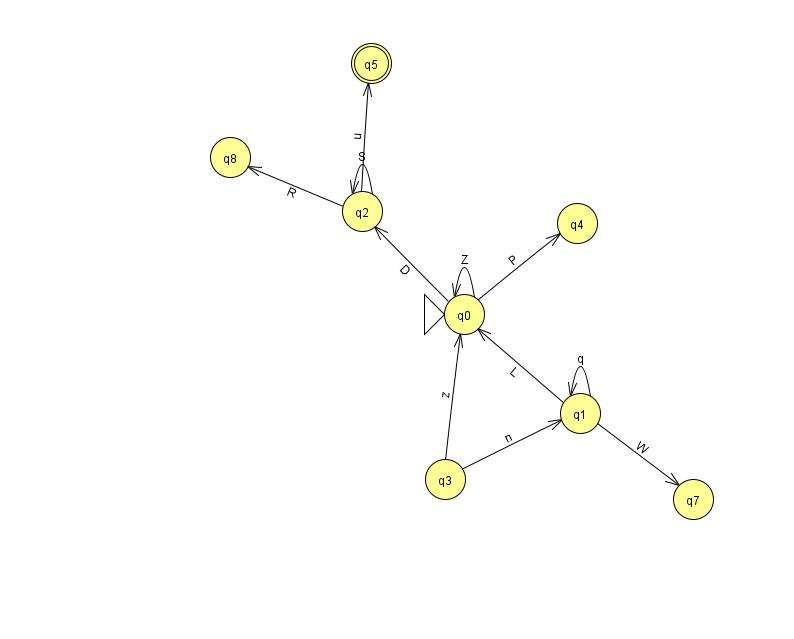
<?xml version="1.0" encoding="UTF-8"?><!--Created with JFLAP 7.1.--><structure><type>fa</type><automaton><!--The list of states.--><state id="0" name="q0"><x>464.0</x><y>301.0</y><initial/></state><state id="1" name="q1"><x>580.0</x><y>400.0</y></state><state id="2" name="q2"><x>362.0</x><y>198.0</y></state><state id="3" name="q3"><x>445.0</x><y>466.0</y></state><state id="4" name="q4"><x>577.0</x><y>210.0</y></state><state id="5" name="q5"><x>371.0</x><y>50.0</y><final/></state><state id="7" name="q7"><x>693.0</x><y>486.0</y></state><state id="8" name="q8"><x>230.0</x><y>144.0</y></state><!--The list of transitions.--><transition><from>0</from><to>4</to><read>P</read></transition><transition><from>3</from><to>1</to><read>n</read></transition><transition><from>1</from><to>1</to><read>q</read></transition><transition><from>2</from><to>2</to><read>S</read></transition><transition><from>2</from><to>5</to><read>u</read></transition><transition><from>1</from><to>0</to><read>L</read></transition><transition><from>2</from><to>8</to><read>R</read></transition><transition><from>0</from><to>0</to><read>Z</read></transition><transition><from>0</from><to>2</to><read>D</read></transition><transition><from>1</from><to>7</to><read>W</read></transition><transition><from>3</from><to>0</to><read>z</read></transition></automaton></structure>